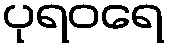
ပုရဝရေ